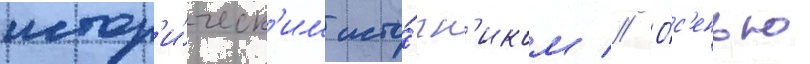
истор'и́ческ'им исто́чн'иком // О́с'енью